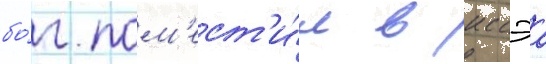
бо́г пом'ест'и́л в иссэа